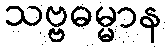
သဗ္ဗဓမ္မာန